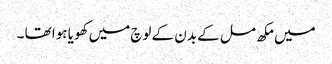
میں مکھ مل کے بدن کے لوچ میں کھویا ہوا تھا ۔